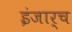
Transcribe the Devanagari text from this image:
इंजार्च